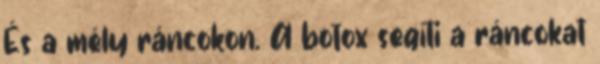
És a mély ráncokon. A botox segíti a ráncokat